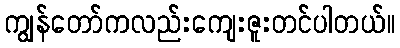
ကျွန်တော်ကလည်းကျေးဇူးတင်ပါတယ်။